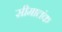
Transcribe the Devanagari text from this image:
सीमातंक